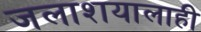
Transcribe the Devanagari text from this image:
जलाशयालाही